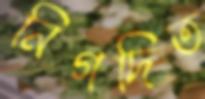
নিগদিত